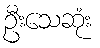
ဦးသေဆုံး